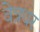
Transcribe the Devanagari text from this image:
वेत्रधर